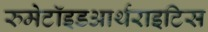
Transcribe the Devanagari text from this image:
रुमेटॉइडआर्थराइटिस